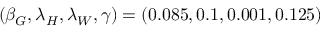
( \beta _ { G } , \lambda _ { H } , \lambda _ { W } , \gamma ) = ( 0 . 0 8 5 , 0 . 1 , 0 . 0 0 1 , 0 . 1 2 5 )